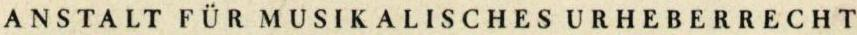
ANSTALT FÜR MUSIKALISCHES URHEBERRECHT